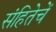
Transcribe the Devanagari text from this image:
संहितेचें